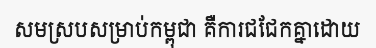
សមស្របសម្រាប់កម្ពុជា គឺការជជែកគ្នាដោយ